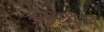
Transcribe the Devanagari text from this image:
गजमुण्डयुक्त